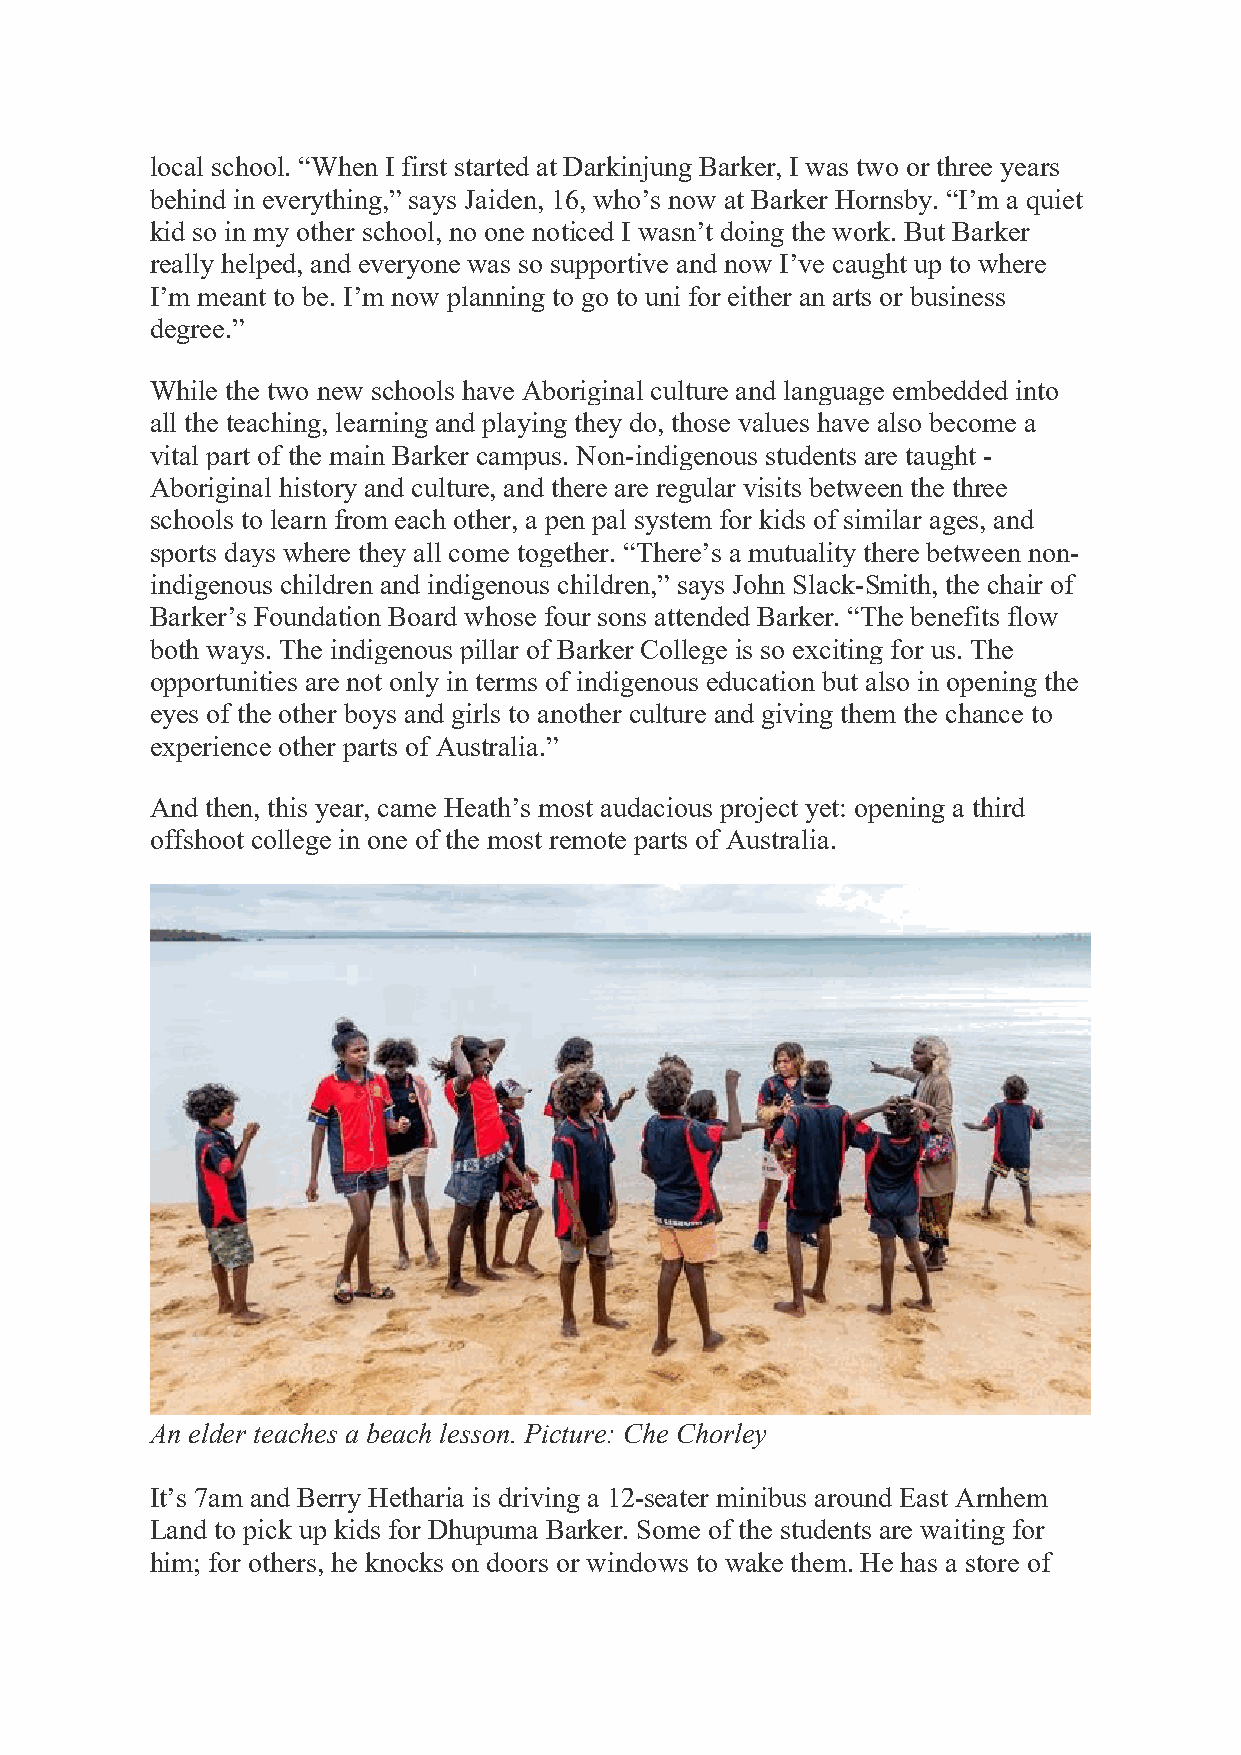
local school. “When I first started at Darkinjung Barker, I was two or three years
 behind in everything,” says Jaiden, 16, who’s now at Barker Hornsby. “I’m a quiet
 kid so in my other school, no one noticed I wasn’t doing the work. But Barker
 really helped, and everyone was so supportive and now I’ve caught up to where
 I’m meant to be. I’m now planning to go to uni for either an arts or business
 degree.”
 While the two new schools have Aboriginal culture and language embedded into
 all the teaching, learning and playing they do, those values have also become a
 vital part of the main Barker campus. Non-indigenous students are taught -
 Aboriginal history and culture, and there are regular visits between the three
 schools to learn from each other, a pen pal system for kids of similar ages, and
 sports days where they all come together. “There’s a mutuality there between non-
 indigenous children and indigenous children,” says John Slack-Smith, the chair of
 Barker’s Foundation Board whose four sons attended Barker. “The benefits flow
 both ways. The indigenous pillar of Barker College is so exciting for us. The
 opportunities are not only in terms of indigenous education but also in opening the
 eyes of the other boys and girls to another culture and giving them the chance to
 experience other parts of Australia.”
 And then, this year, came Heath’s most audacious project yet: opening a third
 offshoot college in one of the most remote parts of Australia.
 An elder teaches a beach lesson. Picture: Che Chorley
 It’s 7am and Berry Hetharia is driving a 12-seater minibus around East Arnhem
 Land to pick up kids for Dhupuma Barker. Some of the students are waiting for
 him; for others, he knocks on doors or windows to wake them. He has a store of